Senior Leaving Certificate Examination (including Day School Certificate (Higher) General paper), 1947
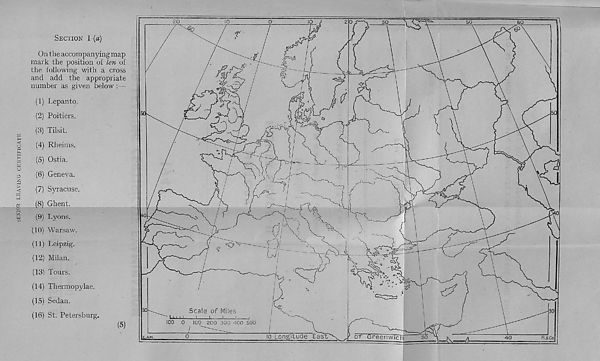
SENIOR LEAVING CERTIFICATE
SECTION 1 (a)
On the accompanying map
mark the position of ten of
the following with a cross
and add the appropriate
number as given below :—
(1) Lepanto.
(2) Poitiers.
(3) Tilsit.
(4) Rheims.
(5) Ostia.
(6) Geneva.
(7) Syracuse.
(8) Ghent.
(9) Lyons.
(10) Warsaw.
(11) Leipzig.
(12) Milan.
(131 Tours.
(14) Thermopylae.
(15) Sedan.
(16) St. Petersburg.
(5)